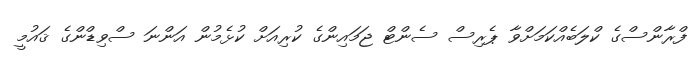
ފްރާންސްގެ ކްލަބެއްކަމަށްވާ ޕެރިސް ސެންޓް ޖަމައިންގެ ކުރިއަށް ކުޅެމުން އަންނަ ސްވިޑްންގެ ޤައުމީ